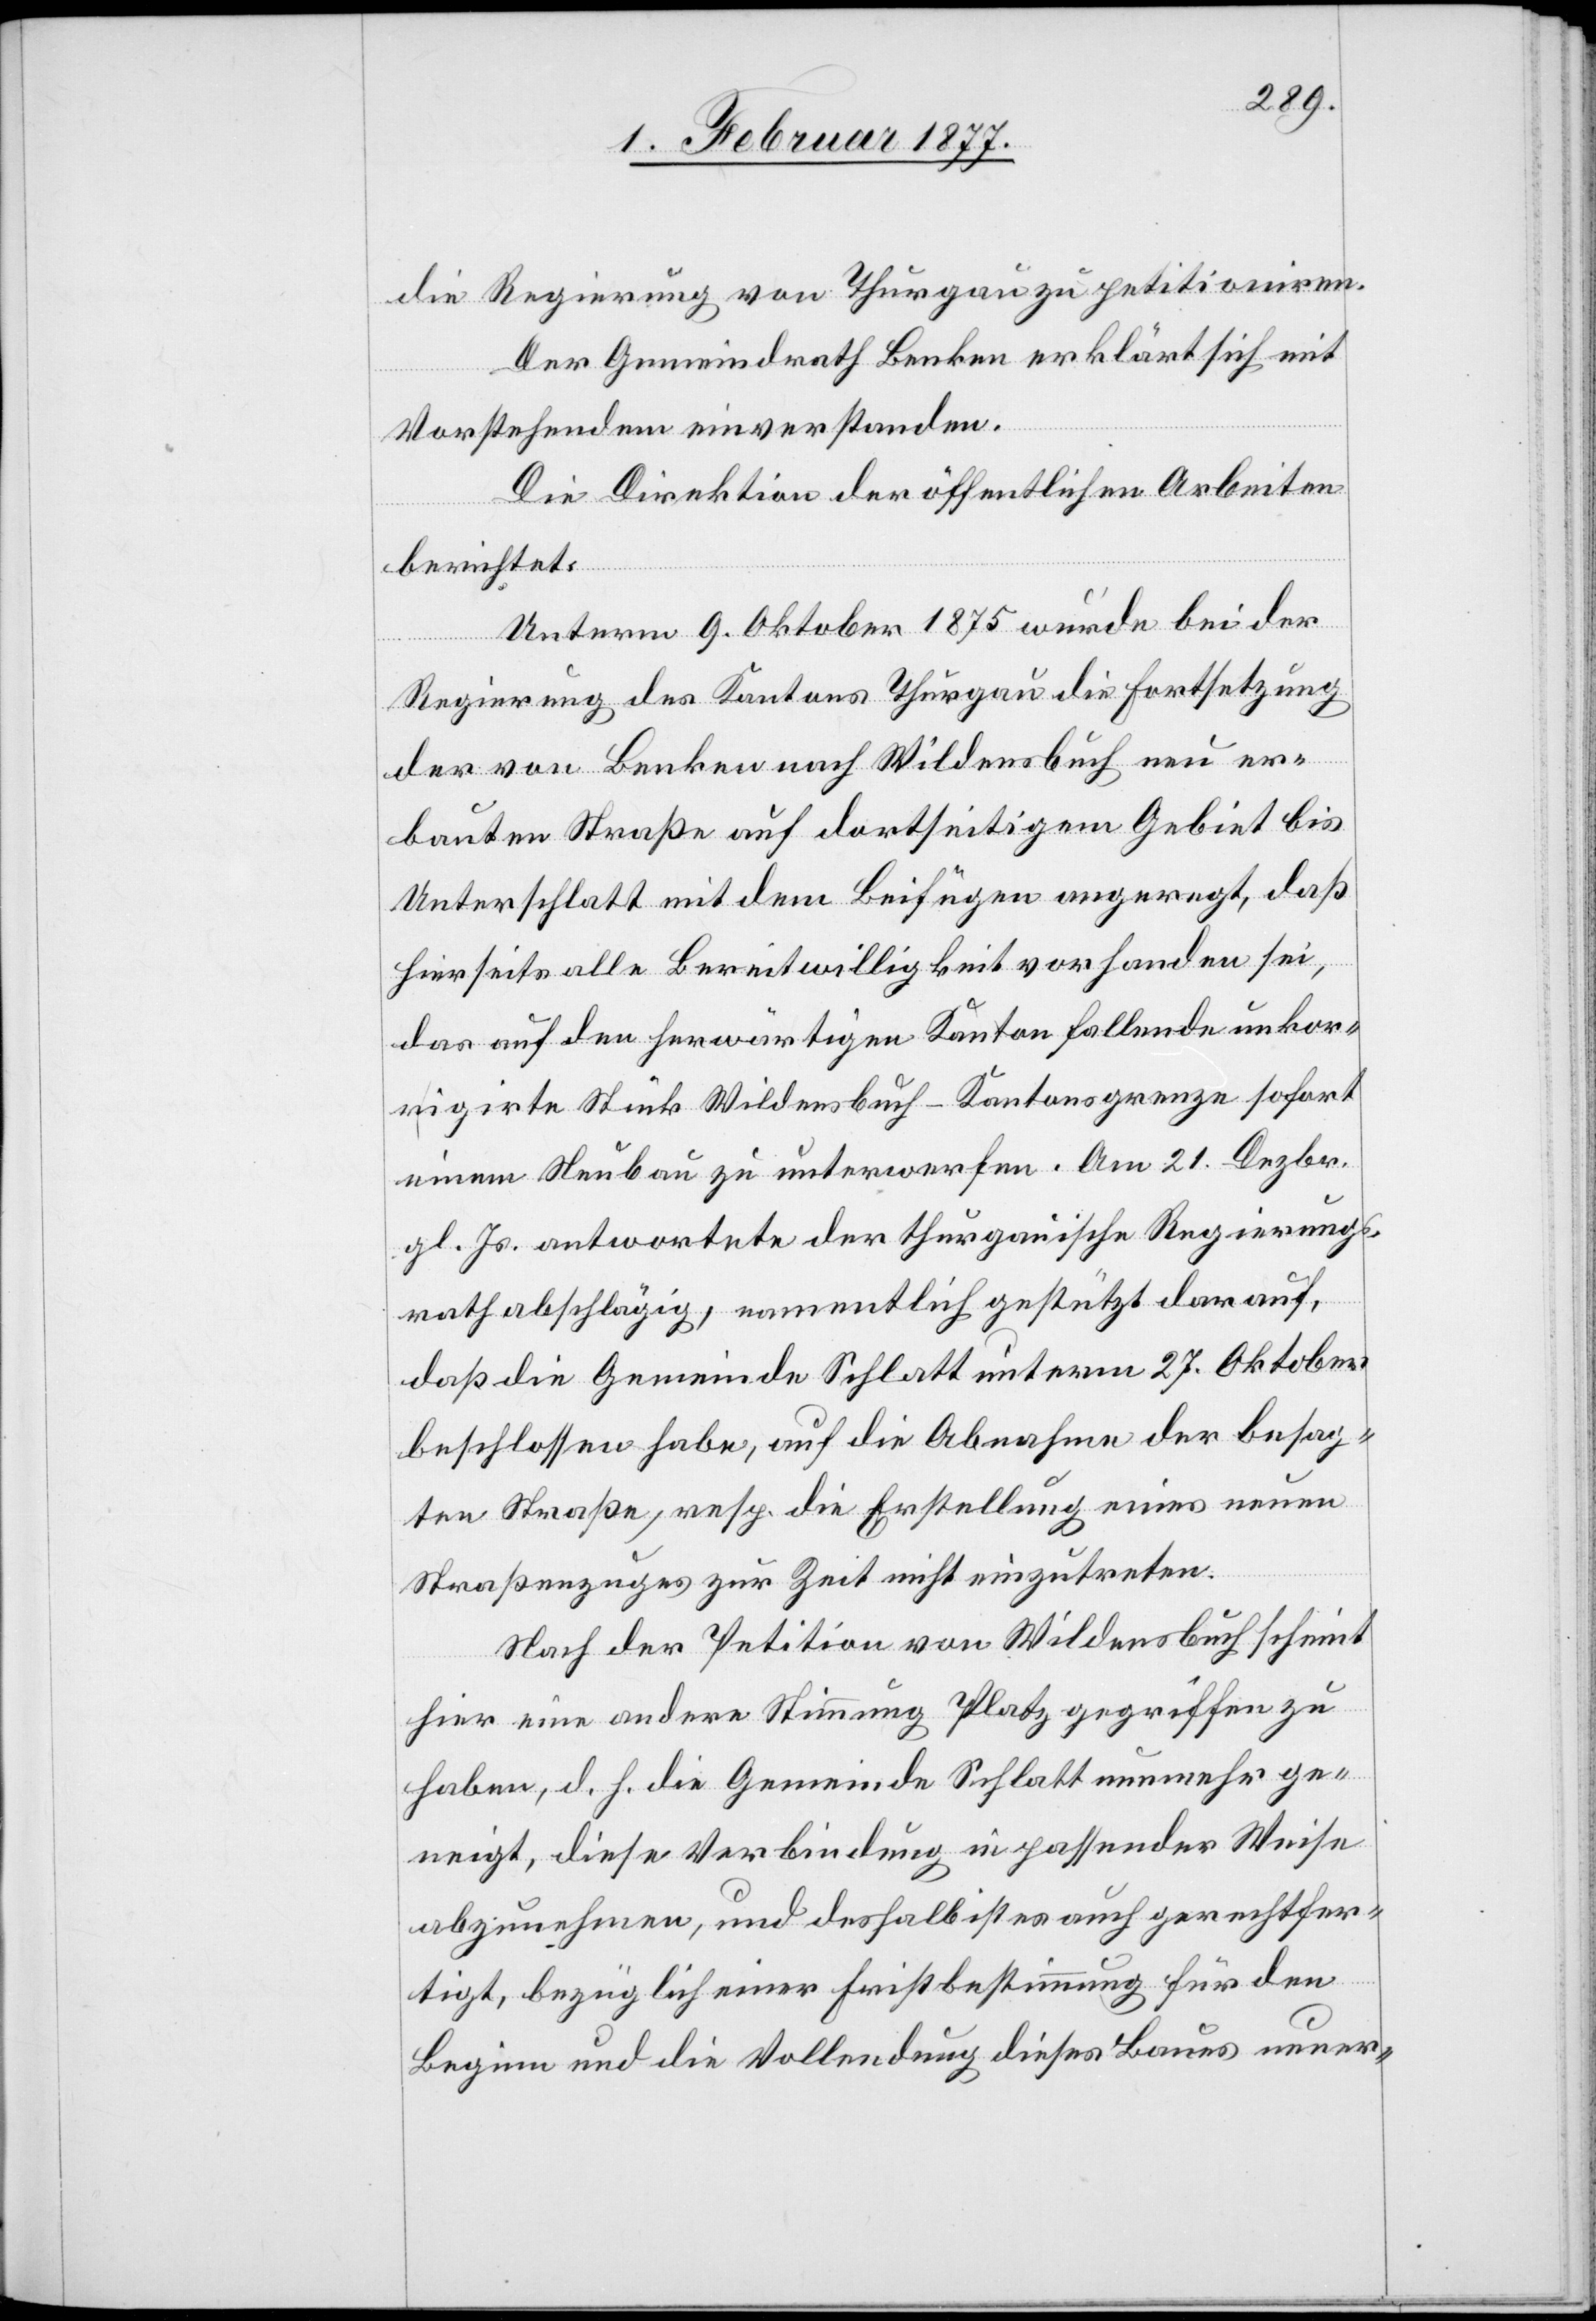
die Regierung von Thurgau zu petitioniren.
Der Gemeindrath Benken erklärt sich mit
Vorstehendem einverstanden.
Die Direktion der öffentlichen Arbeiten
berichtet:
Unterm 9. Oktober 1875 wurde bei der
Regierung des Kantons Thurgau die Fortsetzung
der von Benken nach Wildensbuch neu er¬
bauten Straße auf dortseitigem Gebiet bis
Unterschlatt mit dem Beifügen angeregt, daß
hierseits alle Bereitwilligkeit vorhanden sei,
das auf den herwärtigen Kanton fallende unkor¬
rigirte Stück Wildensbuch–Kantonsgrenze sofort
einem Neubau zu unterwerfen. Am 21. Dezbr.
gl. Js. antwortete der thurgauische Regierungs¬
rath abschlägig, namentlich gestützt darauf,
daß die Gemeinde Schlatt unterm 27. Oktober
beschlossen habe, auf die Abnahme der besag¬
ten Straße, resp. die Erstellung eines neuen
Straßenzuges zur Zeit nicht einzutreten.
Nach der Petition von Wildensbuch scheint
hier eine andere Stimmung Platz gegriffen zu
haben, d. h. die Gemeinde Schlatt nunmehr ge¬
neigt, diese Verbindung in passender Weise
abzunehmen, und deshalb ist es auch gerechtfer¬
tigt, bezüglich einer Fristbestimmung für den
Beginn und die Vollendung dieses Baues neuer-